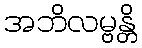
အဘိလမ္ဗန္တိ